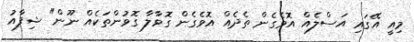
މިއީ އޭގައި އަސްލެއް އޮވެގެން ތެދެއް އޮވެގެން ގޮވާލާ ގޮވުންތަކެއް ނޫން" ޝިފާއު